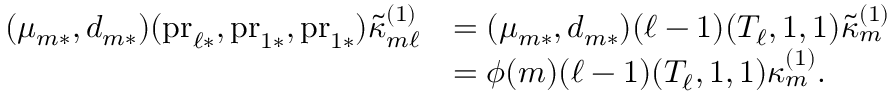
\begin{array} { r l } { ( \mu _ { m * } , d _ { m * } ) ( \mathrm { p r } _ { \ell * } , \mathrm { p r } _ { 1 * } , \mathrm { p r } _ { 1 * } ) \tilde { \kappa } _ { m \ell } ^ { ( 1 ) } } & { = ( \mu _ { m * } , d _ { m * } ) ( \ell - 1 ) ( T _ { \ell } , 1 , 1 ) \tilde { \kappa } _ { m } ^ { ( 1 ) } } \\ & { = \phi ( m ) ( \ell - 1 ) ( T _ { \ell } , 1 , 1 ) \kappa _ { m } ^ { ( 1 ) } . } \end{array}